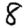
Digit: 8